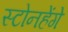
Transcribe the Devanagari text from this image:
स्टोनहेंगे